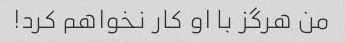
من هرگز با او کار نخواهم کرد!